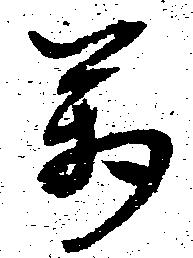
万